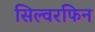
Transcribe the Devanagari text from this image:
सिल्वरफिन